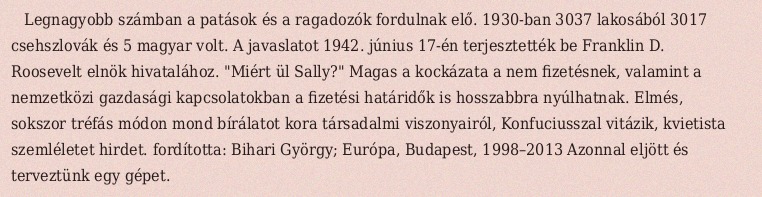
Legnagyobb számban a patások és a ragadozók fordulnak elő. 1930-ban 3037 lakosából 3017 csehszlovák és 5 magyar volt. A javaslatot 1942. június 17-én terjesztették be Franklin D. Roosevelt elnök hivatalához. "Miért ül Sally?" Magas a kockázata a nem fizetésnek, valamint a nemzetközi gazdasági kapcsolatokban a fizetési határidők is hosszabbra nyúlhatnak. Elmés, sokszor tréfás módon mond bírálatot kora társadalmi viszonyairól, Konfuciusszal vitázik, kvietista szemléletet hirdet. fordította: Bihari György; Európa, Budapest, 1998–2013 Azonnal eljött és terveztünk egy gépet.